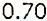
0.70